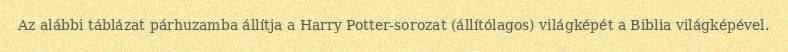
Az alábbi táblázat párhuzamba állítja a Harry Potter-sorozat (állítólagos) világképét a Biblia világképével.